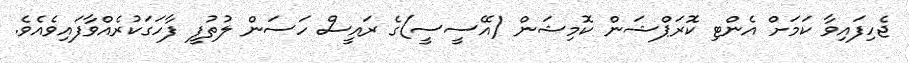
ޖެހިފައިވާ ކަމަށް އެންޓި ކޮރަޕްޝަން ކޮމިޝަން (އޭސީސީ)ގެ ރައީސް ހަސަން ލުތުފީ ފާހަގަކުރެއްވާފައިވެއެވެ.